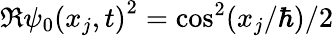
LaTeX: \Re{\psi_{0}(x_{j},t)}^{2}=\cos^{2}(x_{j}/\hbar)/2